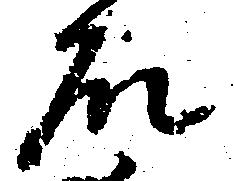
石